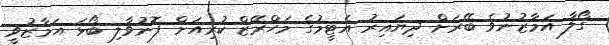
ގޯލާ އަމާޒުނުވެ ބޭރަށް ދިޔައިރު އެޓީމުގެ މަހްރޭޒް ކުރިއަށް ފޮނުވާލި ބޯޅަ އަމާޒުވީ